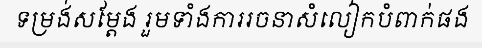
ទម្រង់សម្តែង រួមទាំងការរចនាសំលៀកបំពាក់ផង